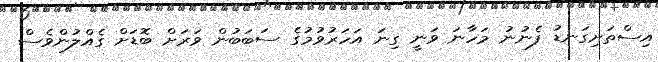
އިސްތަށިގަނޑު ފެނުނު މަހާނަ ވަނީ ގިނަ އަހަރުވުމުގެ ސަބަބުން ވަރަށް ބޮޑަށް ގެއްލުންވެސް